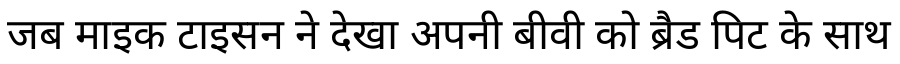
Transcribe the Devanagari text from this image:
जब माइक टाइसन ने देखा अपनी बीवी को ब्रैड पिट के साथ